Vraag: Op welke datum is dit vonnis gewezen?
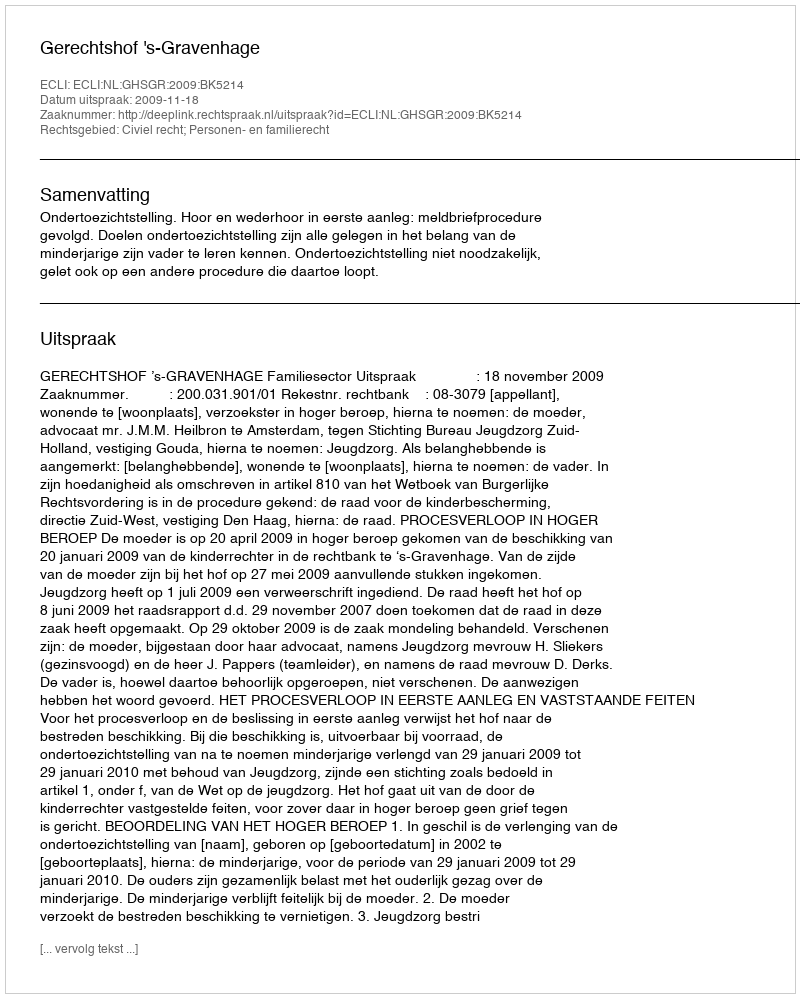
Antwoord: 2009-11-18